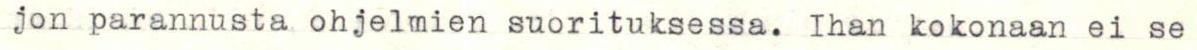
jon parannusta ohjelmien suorituksessa. Ihan kokonaan ei se